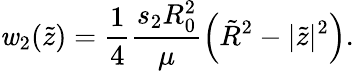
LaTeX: \mathit{w}_{2}(\tilde{{z}})=\frac{{1}}{{4}}\frac{{s_{2}R_{0}^{2}}}{{\mu}}\left(\tilde{{R}}^{2}-|\tilde{{z}}|^{2}\right).